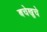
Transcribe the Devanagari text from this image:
बचेखुचे